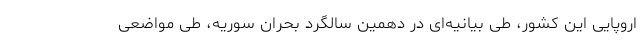
اروپایی این کشور، طی بیانیه‌ای در دهمین سالگرد بحران سوریه، طی مواضعی